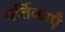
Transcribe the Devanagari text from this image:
वर्तिकाएँ